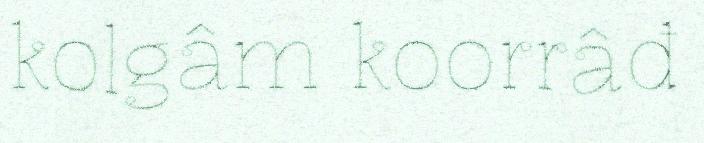
kolgâm koorrâđ